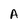
Character: A